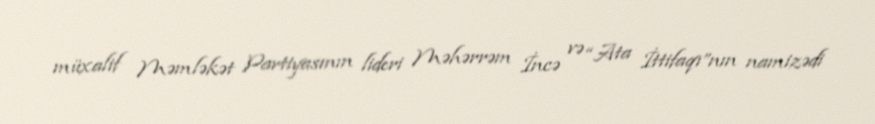
müxalif Məmləkət Partiyasının lideri Məhərrəm İncə və “Ata İttifaqı”nın namizədi